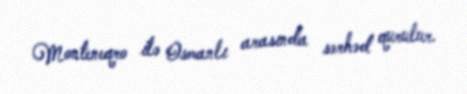
Monteneqro ilə Osmanlı arasında sərhəd qurulur.